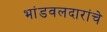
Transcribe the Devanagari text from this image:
भांडवलदारांचे